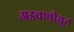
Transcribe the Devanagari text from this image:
अडचणीतून